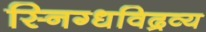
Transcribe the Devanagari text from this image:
स्निग्धविद्रव्य